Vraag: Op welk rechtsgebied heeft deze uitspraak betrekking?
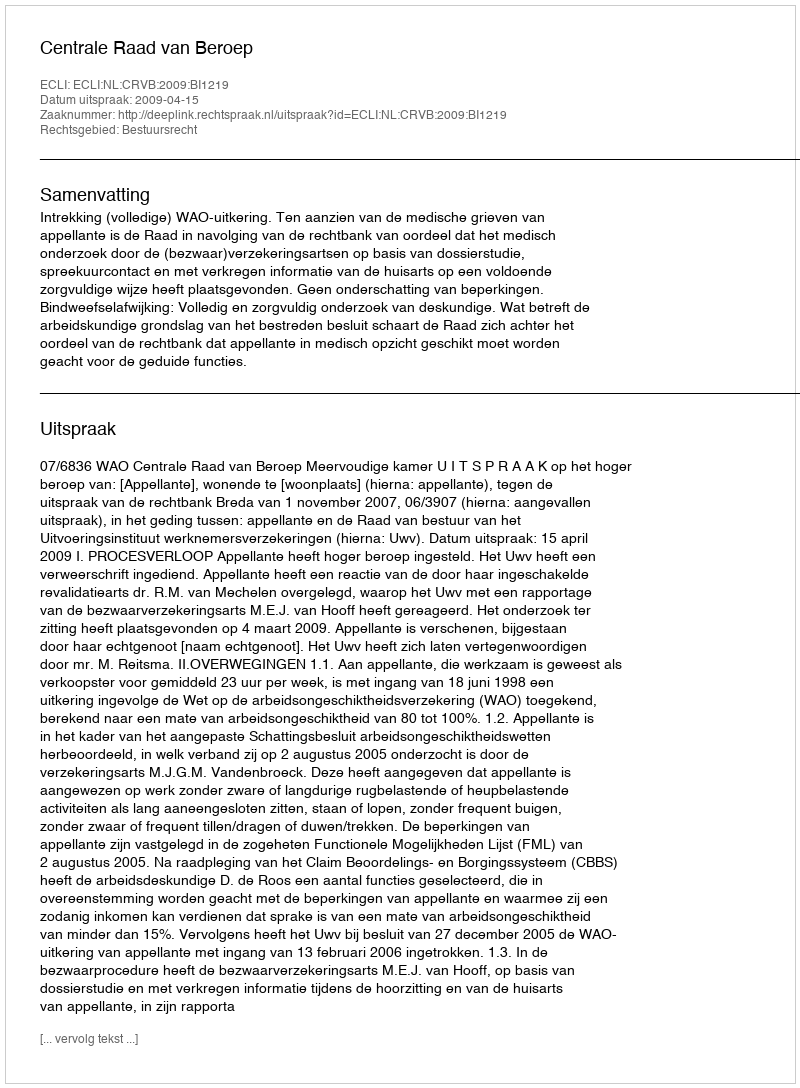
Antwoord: Bestuursrecht